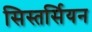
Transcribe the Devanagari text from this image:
सिस्तर्सियन